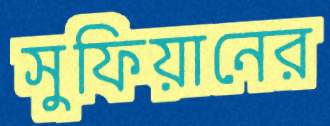
সুফিয়ানের